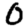
Digit: 0